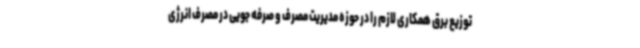
توزیع برق همکاری لازم را در حوزه مدیریت مصرف و صرفه جویی در مصرف انرژی